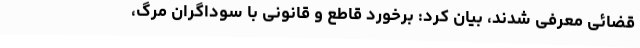
قضائی معرفی شدند، بیان کرد: برخورد قاطع و قانونی با سوداگران مرگ،